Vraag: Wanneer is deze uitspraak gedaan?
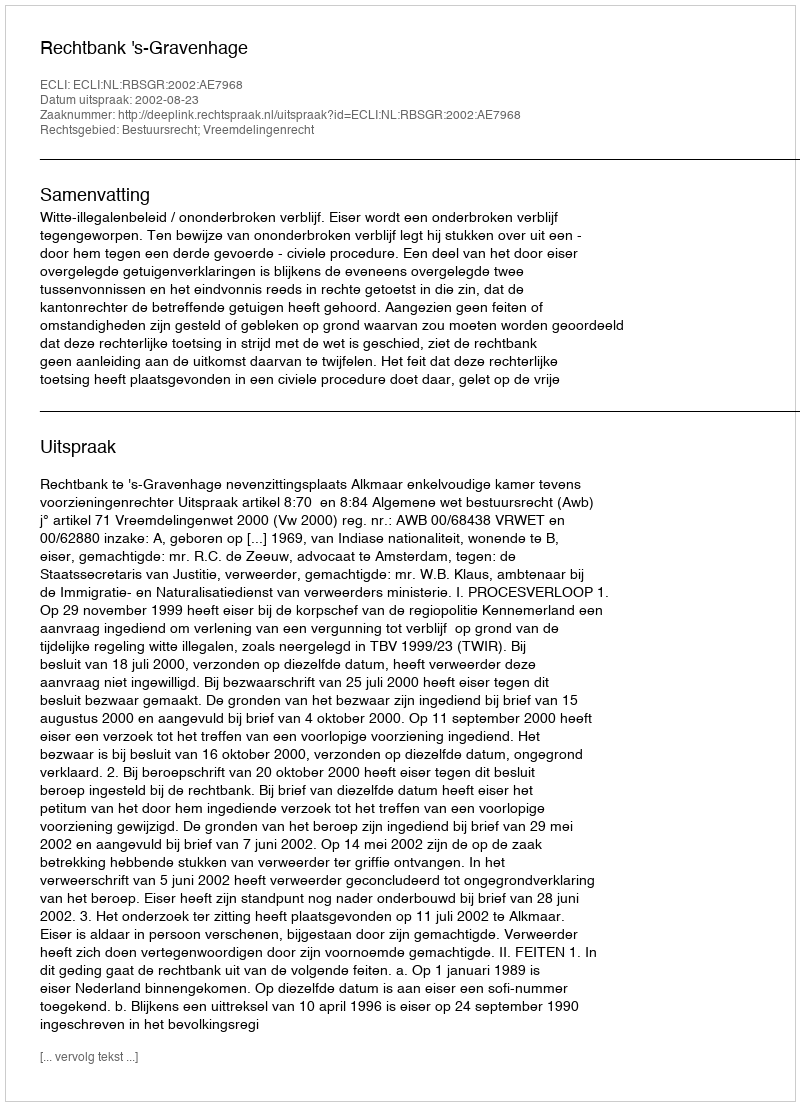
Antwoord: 2002-08-23